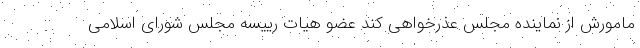
مامورش از نماینده مجلس عذرخواهی کند عضو هیات رییسه مجلس شورای اسلامی